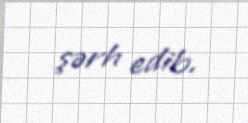
şərh edib.